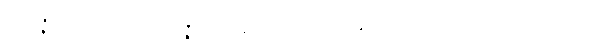
အဝိဇ္ဇာပုဗ္ဗင်္ဂမတ္တာ၊ အဝိဇ္ဇာပြဓာန်းခြင်း ရှိသည်၏အဖြစ်ကြောင့်။ သိဒ္ဓေန၊ သော။